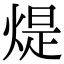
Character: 煶